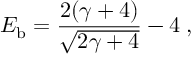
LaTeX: E _ { \mathrm { b } } = { \frac { 2 ( \gamma + 4 ) } { \sqrt { 2 \gamma + 4 } } } - 4 \; ,